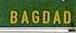
bagdad